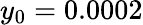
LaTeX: y_{0}=0.0002